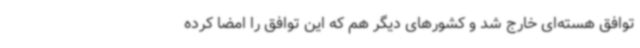
توافق هسته‌ای خارج شد و کشورهای دیگر هم که این توافق را امضا کرده